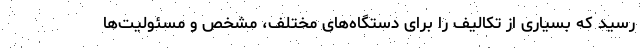
رسید که بسیاری از تکالیف را برای دستگاه‌های مختلف، مشخص و مسئولیت‌ها